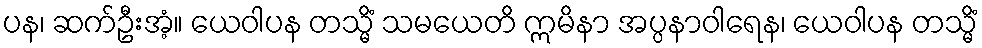
ပန၊ ဆက်ဦးအံ့။ ယေဝါပန တသ္မိံ သမယေတိ ဣမိနာ အပ္ပနာဝါရေန၊ ယေဝါပန တသ္မိံ